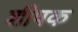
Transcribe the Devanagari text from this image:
शीषक